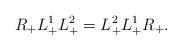
LaTeX: \begin{align*}R_+ L^1_+ L^2_+ = L^2_+ L^1_+ R_+. \end{align*}